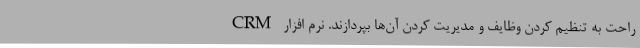
راحت به تنظیم کردن وظایف و مدیریت کردن آن‌ها بپردازند. نرم افزار CRM